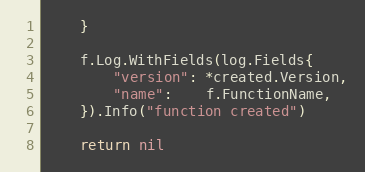
Language: Go
	}

	f.Log.WithFields(log.Fields{
		"version": *created.Version,
		"name":    f.FunctionName,
	}).Info("function created")

	return nil